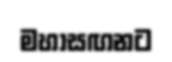
මහාසඟනට